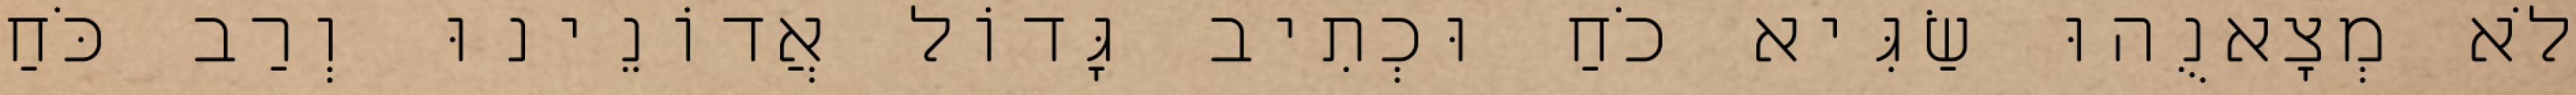
לֹא מְצָאנֻהוּ שַׂגִּיא כֹחַ וּכְתִיב גָּדוֹל אֲדוֹנֵינוּ וְרַב כֹּחַ